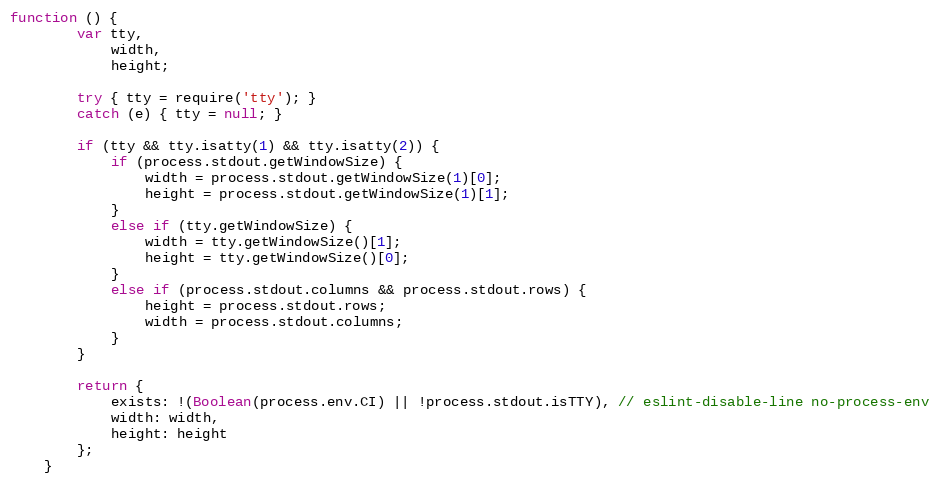
Language: JavaScript
function () {
        var tty,
            width,
            height;

        try { tty = require('tty'); }
        catch (e) { tty = null; }

        if (tty && tty.isatty(1) && tty.isatty(2)) {
            if (process.stdout.getWindowSize) {
                width = process.stdout.getWindowSize(1)[0];
                height = process.stdout.getWindowSize(1)[1];
            }
            else if (tty.getWindowSize) {
                width = tty.getWindowSize()[1];
                height = tty.getWindowSize()[0];
            }
            else if (process.stdout.columns && process.stdout.rows) {
                height = process.stdout.rows;
                width = process.stdout.columns;
            }
        }

        return {
            exists: !(Boolean(process.env.CI) || !process.stdout.isTTY), // eslint-disable-line no-process-env
            width: width,
            height: height
        };
    }